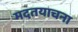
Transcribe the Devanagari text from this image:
मदतयाचना